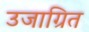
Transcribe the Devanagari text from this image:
उजाग्रित